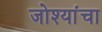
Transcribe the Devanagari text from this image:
जोश्यांचा